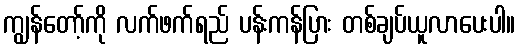
ကျွန်တော့်ကို လက်ဖက်ရည် ပန်းကန်ပြား တစ်ချပ်ယူလာပေးပါ။